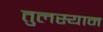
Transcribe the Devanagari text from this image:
तुलस्यान